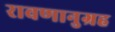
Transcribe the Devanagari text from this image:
रावणानुग्रह